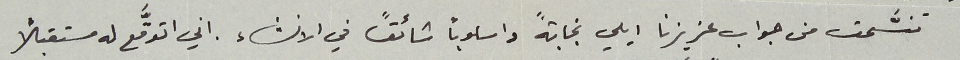
تنسَّمت من جواب عزيزنا ايلي نجابةً واسلوباً شائقً في الانشاء. اني اتوقَّع له مستقبلاً